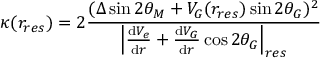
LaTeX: \kappa ( r _ { r e s } ) = 2 \frac { ( \Delta \sin 2 \theta _ { M } + V _ { G } ( r _ { r e s } ) \sin 2 \theta _ { G } ) ^ { 2 } } { \left| \frac { \mathrm { d } V _ { e } } { \mathrm { d } r } + \frac { \mathrm { d } V _ { G } } { \mathrm { d } r } \cos 2 \theta _ { G } \right| _ { r e s } }